Report on the treatment of epidemic cholera: from information collected by the governments of Bengal, Madras, Bombay, N.W. Provinces, Punjab, Oudh, and Central India, by order of the Government of India
Disease focus: Cholera
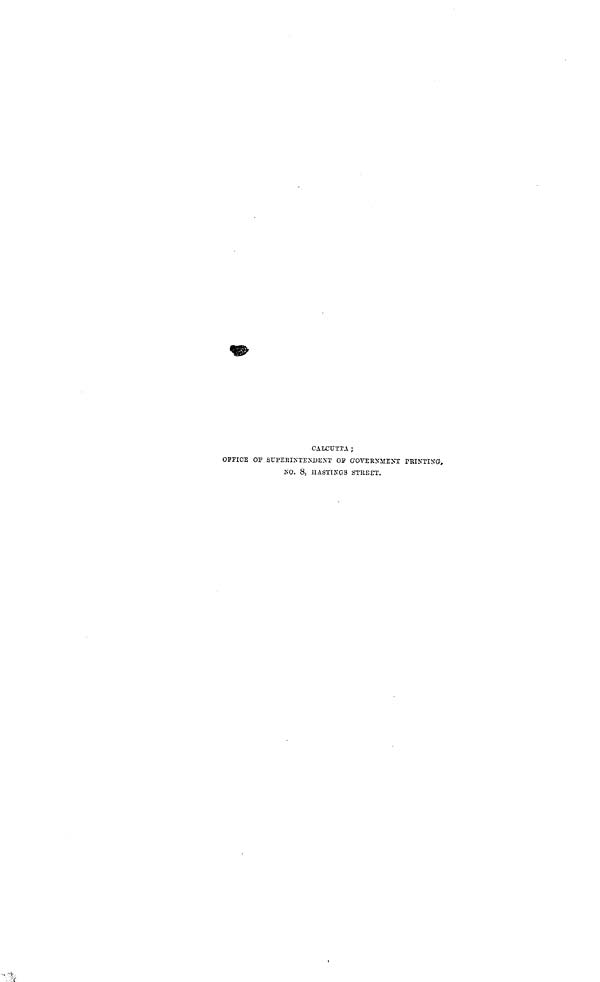
CALCUTTA ;
OFFICE OP SUPERINTENDENT OP GOVERNMENT PBINTING,,
NO. 8, IIASTINGS STREET.